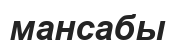
мансабы